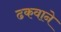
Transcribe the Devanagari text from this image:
ढकवाने